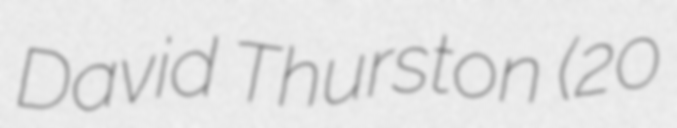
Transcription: David Thurston (20